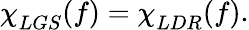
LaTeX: {\chi\smash[t]{\mathstrut}}_{LGS}(f)={\chi\smash[t]{\mathstrut}}_{LDR}(f).